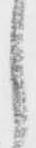
し